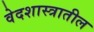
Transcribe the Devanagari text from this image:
वेदशास्त्रातील